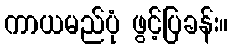
ကာယမည်ပုံ ဖွင့်ပြခန်း။